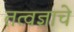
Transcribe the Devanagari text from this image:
तत्वज्ञाचे